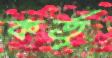
কর্তৃ